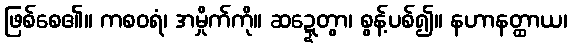
ဖြစ်စေ၏။ ကစဝရံ၊ အမှိုက်ကို။ ဆဍ္ဍေတွာ၊ စွန့်ပစ်၍။ နဟာနတ္ထာယ၊